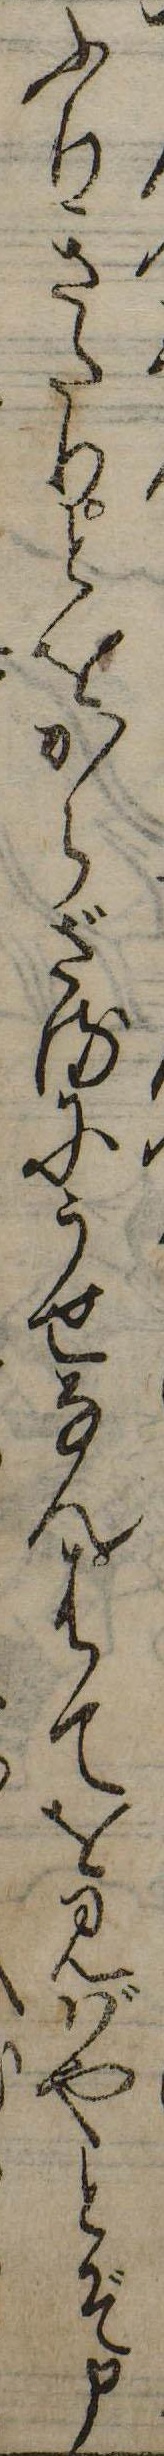
ふりきたりとをからざるにうせなんはてを見ばやとぞ申